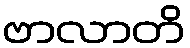
ဗာလာတိ